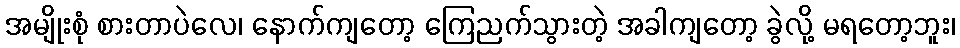
အမျိုးစုံ စားတာပဲလေ၊ နောက်ကျတော့ ကြေညက်သွားတဲ့ အခါကျတော့ ခွဲလို့ မရတော့ဘူး၊